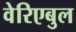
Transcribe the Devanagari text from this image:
वेरिएबुल